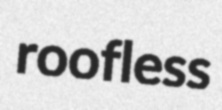
roofless